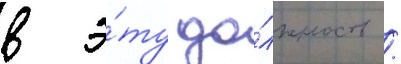
в э́ту до́лжность /